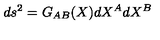
d s ^ { 2 } = G _ { A B } ( X ) d X ^ { A } d X ^ { B }